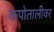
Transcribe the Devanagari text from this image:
कपोतालीवर